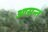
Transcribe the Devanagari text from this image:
आसन्त